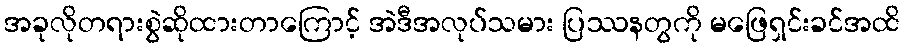
အခုလိုတရားစွဲဆိုထားတာကြောင့် အဲဒီအလုပ်သမား ပြဿနတွကို မဖြေရှင်းခင်အထိ